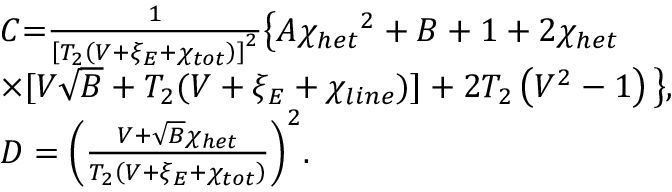
\begin{array} { r l } & { C \mathrm { = } \frac { 1 } { { { \left[ { { T } _ { 2 } } \left( V + { { \xi } _ { E } } + { { \chi } _ { t o t } } \right) \right] } ^ { 2 } } } \big \{ A { { \chi } _ { h e t } } ^ { 2 } + B + 1 + 2 { { \chi } _ { h e t } } } \\ & { \times [ V \sqrt { B } + { { T } _ { 2 } } ( V + { { \xi } _ { E } } + { { \chi } _ { l i n e } } ) ] + 2 { { T } _ { 2 } } \left( { { V } ^ { 2 } } - 1 \right) \big \} , } \\ & { D = { { \left( \frac { V + \sqrt { B } { { \chi } _ { h e t } } } { { { T } _ { 2 } } \left( V + { { \xi } _ { E } } + { { \chi } _ { t o t } } \right) } \right) } ^ { 2 } } . } \end{array}